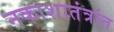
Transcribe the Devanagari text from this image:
नकाशातंत्रांत